Annual report of the Prince of Wales Medical College, Patna
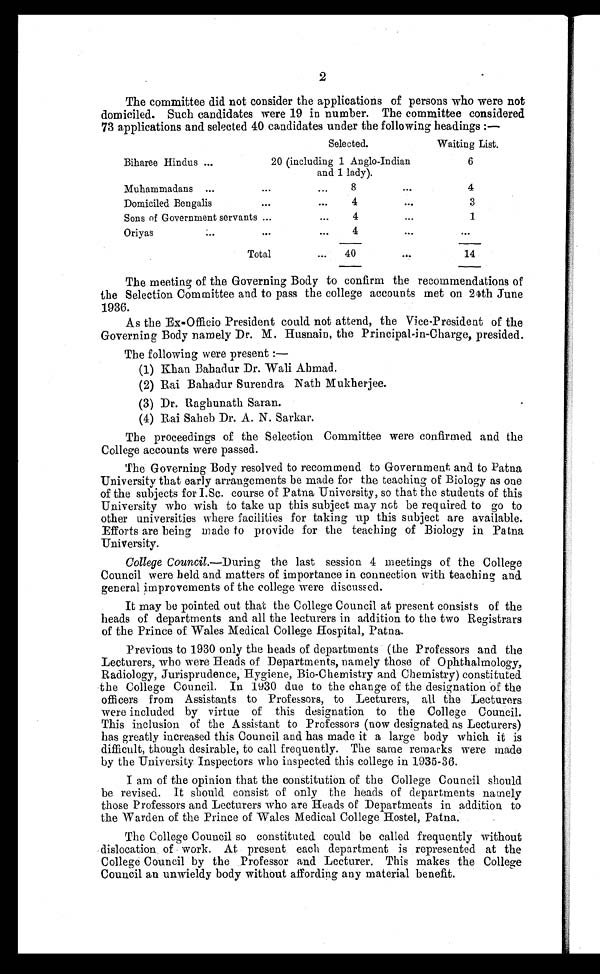
2
The committee did not consider the applications of persons who were not
domiciled. Such candidates were 19 in number. The committee considered
73 applications and selected 40 candidates under the following headings :—
Selected.
Waiting List.
Biharee Hindus
20 (including 1 Anglo-Indian
and 1 lady).
6
Muhammadans
8
Domiciled Bengalis
4
3
Sons of Government servants.
4
1
Oriyas
4
Total
40
The meeting of the Governing Body to confirm the recommendations of
the Selection Committee and to pass the college accounts met on 24th June
1936.
As the Ex-Officio President could not attend, the Vice-President of the
Governing Body namely Dr. M. Husnain, the Principal-in-Charge, presided.
The following were present :—
(1) Khan Babadur Dr. Wali Ahmad.
(2) Rai Bahadur Surendra Nath Mukherjee.
(3) Dr. Raghunath Saran.
(4) Rai Saheb Dr. A. N. Sarkar.
The proceedings of the Selection Committee were confirmed and the
College accounts were passed.
The Governing Body resolved to recommend to Governmen; and to Patna
University that early arrangements be made for the teaching of Biology as one
of the subjects for I.Sc. course of Patna University, so that the students of this
University who wish to take up this subject may not be required to go to
other universities where facilities for taking up this subject are available.
Efforts are being made to provide for the teaching of Biology in Patna
University.
College Council.-- During the last session 4 meetings of the College
Council were held and matters of importance in connection with teaching and.
general improvements of the college were discussed.
It may be pointed out that the College Council at present consists of the
heads of departments and all the lecturers in addition to the two Registrars
of the Prince of Wales Medical College Hospital, Patna.
Previous to 1930 only the heads of departments (the Professors and the
Lecturers, who were Heads of Departments, namely those of Ophthalmology,
Radiology, Jurisprudence, Hygiene, Biochemistry and. Chemistry) constituted
the College Council. In 1930 due to the change of the designation of the
officers from Assistants to Professors, to Lecturers, all the Lecturers
were included by virtue of this designation to the College Council.
This inclusion of the Assistant to Professors (now designated. as Lecturers)
has greatly increased this Council and has made it a large body which it is
difficult, though desirable, to call frequently. The same remarks were made
by the University Inspectors who inspected this college in 1935-36.
I am of the opinion that the constitution of the College Council should
be revised. It should. consist of only the heads of departments namely
those Professors and Lecturers who are Heads of Departments in addition to
the Warden of the Prince of Wales Medical College Hostel, Patna.
The College Council so constituted could be called frequently without
dislocation of work. At present each department is represented at the
College Council by the Professor and Lecturer. This makes the College
Council an unwieldy body without affording any material benefit.